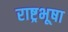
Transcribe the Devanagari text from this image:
राष्ट्रभूषा